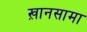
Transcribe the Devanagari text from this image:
ख़ानसामा